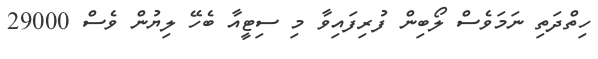
ހިތްދަތި ނަމަވެސް ލޯބިން ފުރިފައިވާ މި ސިޓީއާ ބެހޭ ލިޔުން ވެސް 29000